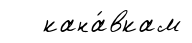
кана́вкам